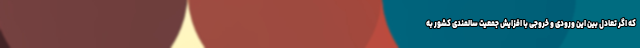
که اگر تعادل بین این ورودی و خروجی با افزایش جمعیت سالمندی کشور به